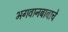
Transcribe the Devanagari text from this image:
भगवानबाबाचे